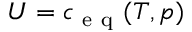
U = c _ { \mathrm { ~ e ~ q ~ } } ( T , p )